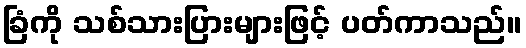
ခြံကို သစ်သားပြားများဖြင့် ပတ်ကာသည်။